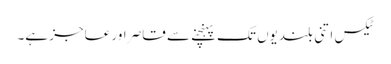
ٹیکس اتنی بلندیوں تک پہنچنے سے قاصر اور عاجز ہے۔